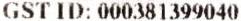
GST ID: 000381399040